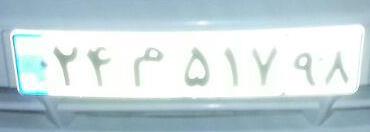
۲۴م۵۱۷۹۸